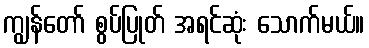
ကျွန်တော် စွပ်ပြုတ် အရင်ဆုံး သောက်မယ်။